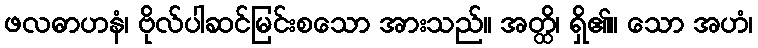
ဖလဓာဟနံ၊ ဗိုလ်ပါဆင်မြင်းစသော အားသည်။ အတ္ထိ၊ ရှိ၏။ သော အဟံ၊